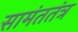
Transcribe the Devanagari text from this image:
सामंततंत्र